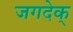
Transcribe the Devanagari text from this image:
जगदेक्